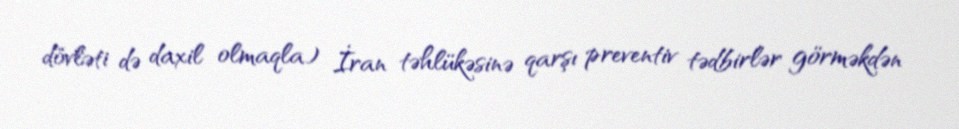
dövləti də daxil olmaqla) İran təhlükəsinə qarşı preventiv tədbirlər görməkdən